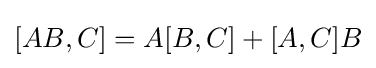
[AB,C]=A[B,C]+[A,C]B